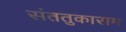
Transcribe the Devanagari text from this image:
संततुकाराम